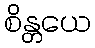
စိန္တယေ